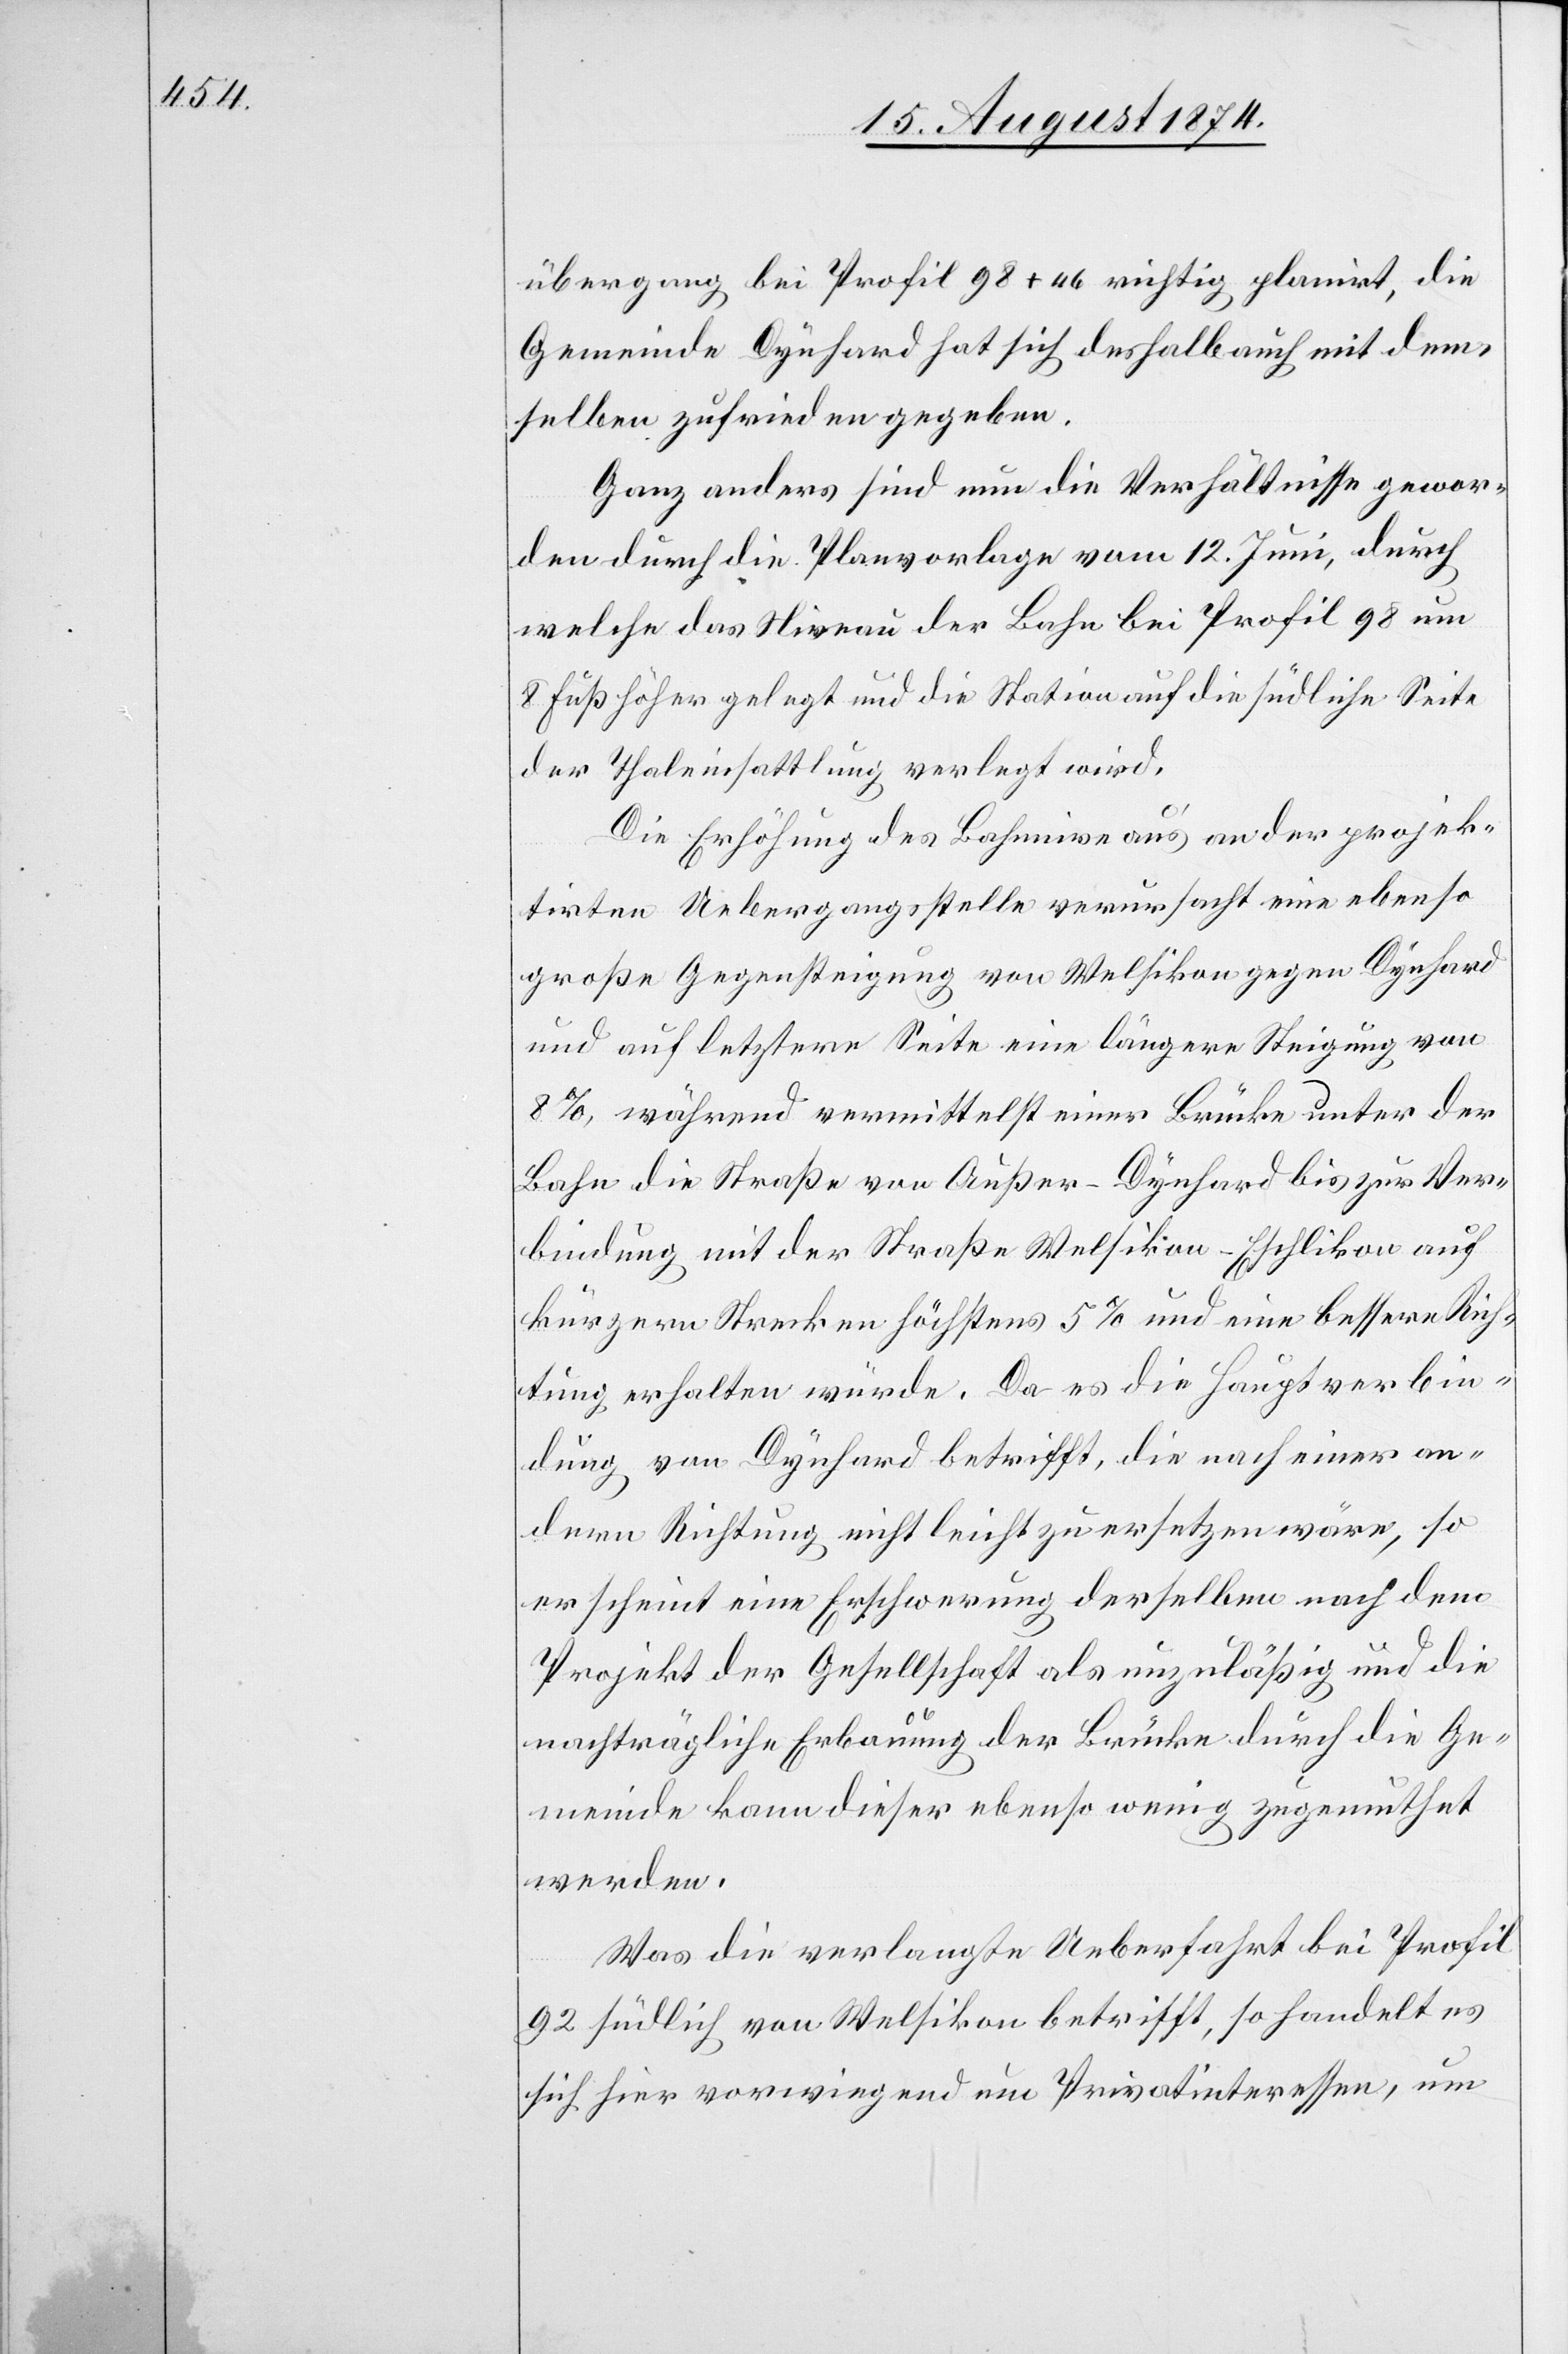
übergang bei Profil 98 + 46 richtig planirt, die
Gemeinde Dynhard hat sich deshalb auch mit dem¬
selben zufrieden gegeben.
Ganz anders sind die Verhältnisse gewor¬
den durch die Planvorlage vom 12. Juni, durch
welche das Niveau der Bahn bei Profil 98 um
8 Fuß höher gelegt und die Station auf die südliche Seite
der Thaleinsattlung verlegt wird.
Die Erhöhung des Bahnniveau’s an der projek¬
tirten Uebergangsstelle verursacht eine ebenso
große Gegensteigung von Welsikon gegen Dynhard
und auf letztere Seite eine längere Steigung von
8%, während vermittelst einer Brücke unter der
Bahn die Straße von Außer-Dynhard bis zur Ver¬
bindung mit der Straße Welsikon–Eschlikon auf
kürzern Strecken höchstens 5% und eine bessere Rich¬
tung erhalten würde. Da es die Hauptverbin¬
dung von Dynhard betrifft, die nach einer an¬
dern Richtung nicht leicht zu ersetzen wäre, so
erscheint eine Erschwerung derselben nach dem
Projekt der Gesellschaft als unzuläßig und die
nachträgliche Erbauung der Brücke durch die Ge¬
meinde kann dieser ebenso wenig zugemuthet
werden.
Was die verlangte Ueberfahrt bei Profil
92 südlich von Welsikon betrifft, so handelt es
sich hier vorwiegend um Privatinteressen, um